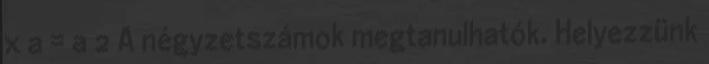
x a = a 2 A négyzetszámok megtanulhatók. Helyezzünk